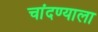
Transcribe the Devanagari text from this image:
चांदण्याला